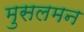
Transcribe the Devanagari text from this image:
मुसलमन